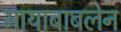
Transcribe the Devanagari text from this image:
मायाबाबलेन